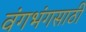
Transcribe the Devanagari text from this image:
वंगभंगसाठी